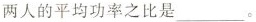
两人的平均功率之比是___。